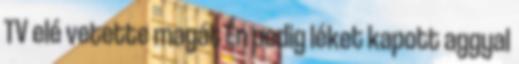
TV elé vetette magát Én pedig léket kapott aggyal